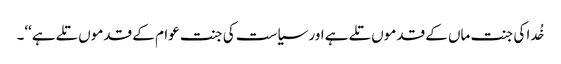
خُدا کی جنت ماں کے قدموں تلے ہے اور سیاست کی جنت عوام کے قدموں تلے ہے‘‘۔